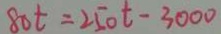
8 0 t = 2 5 0 t - 3 0 0 0